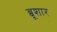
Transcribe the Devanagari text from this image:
ब्बूशार